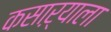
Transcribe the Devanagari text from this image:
कसाऱ्याला